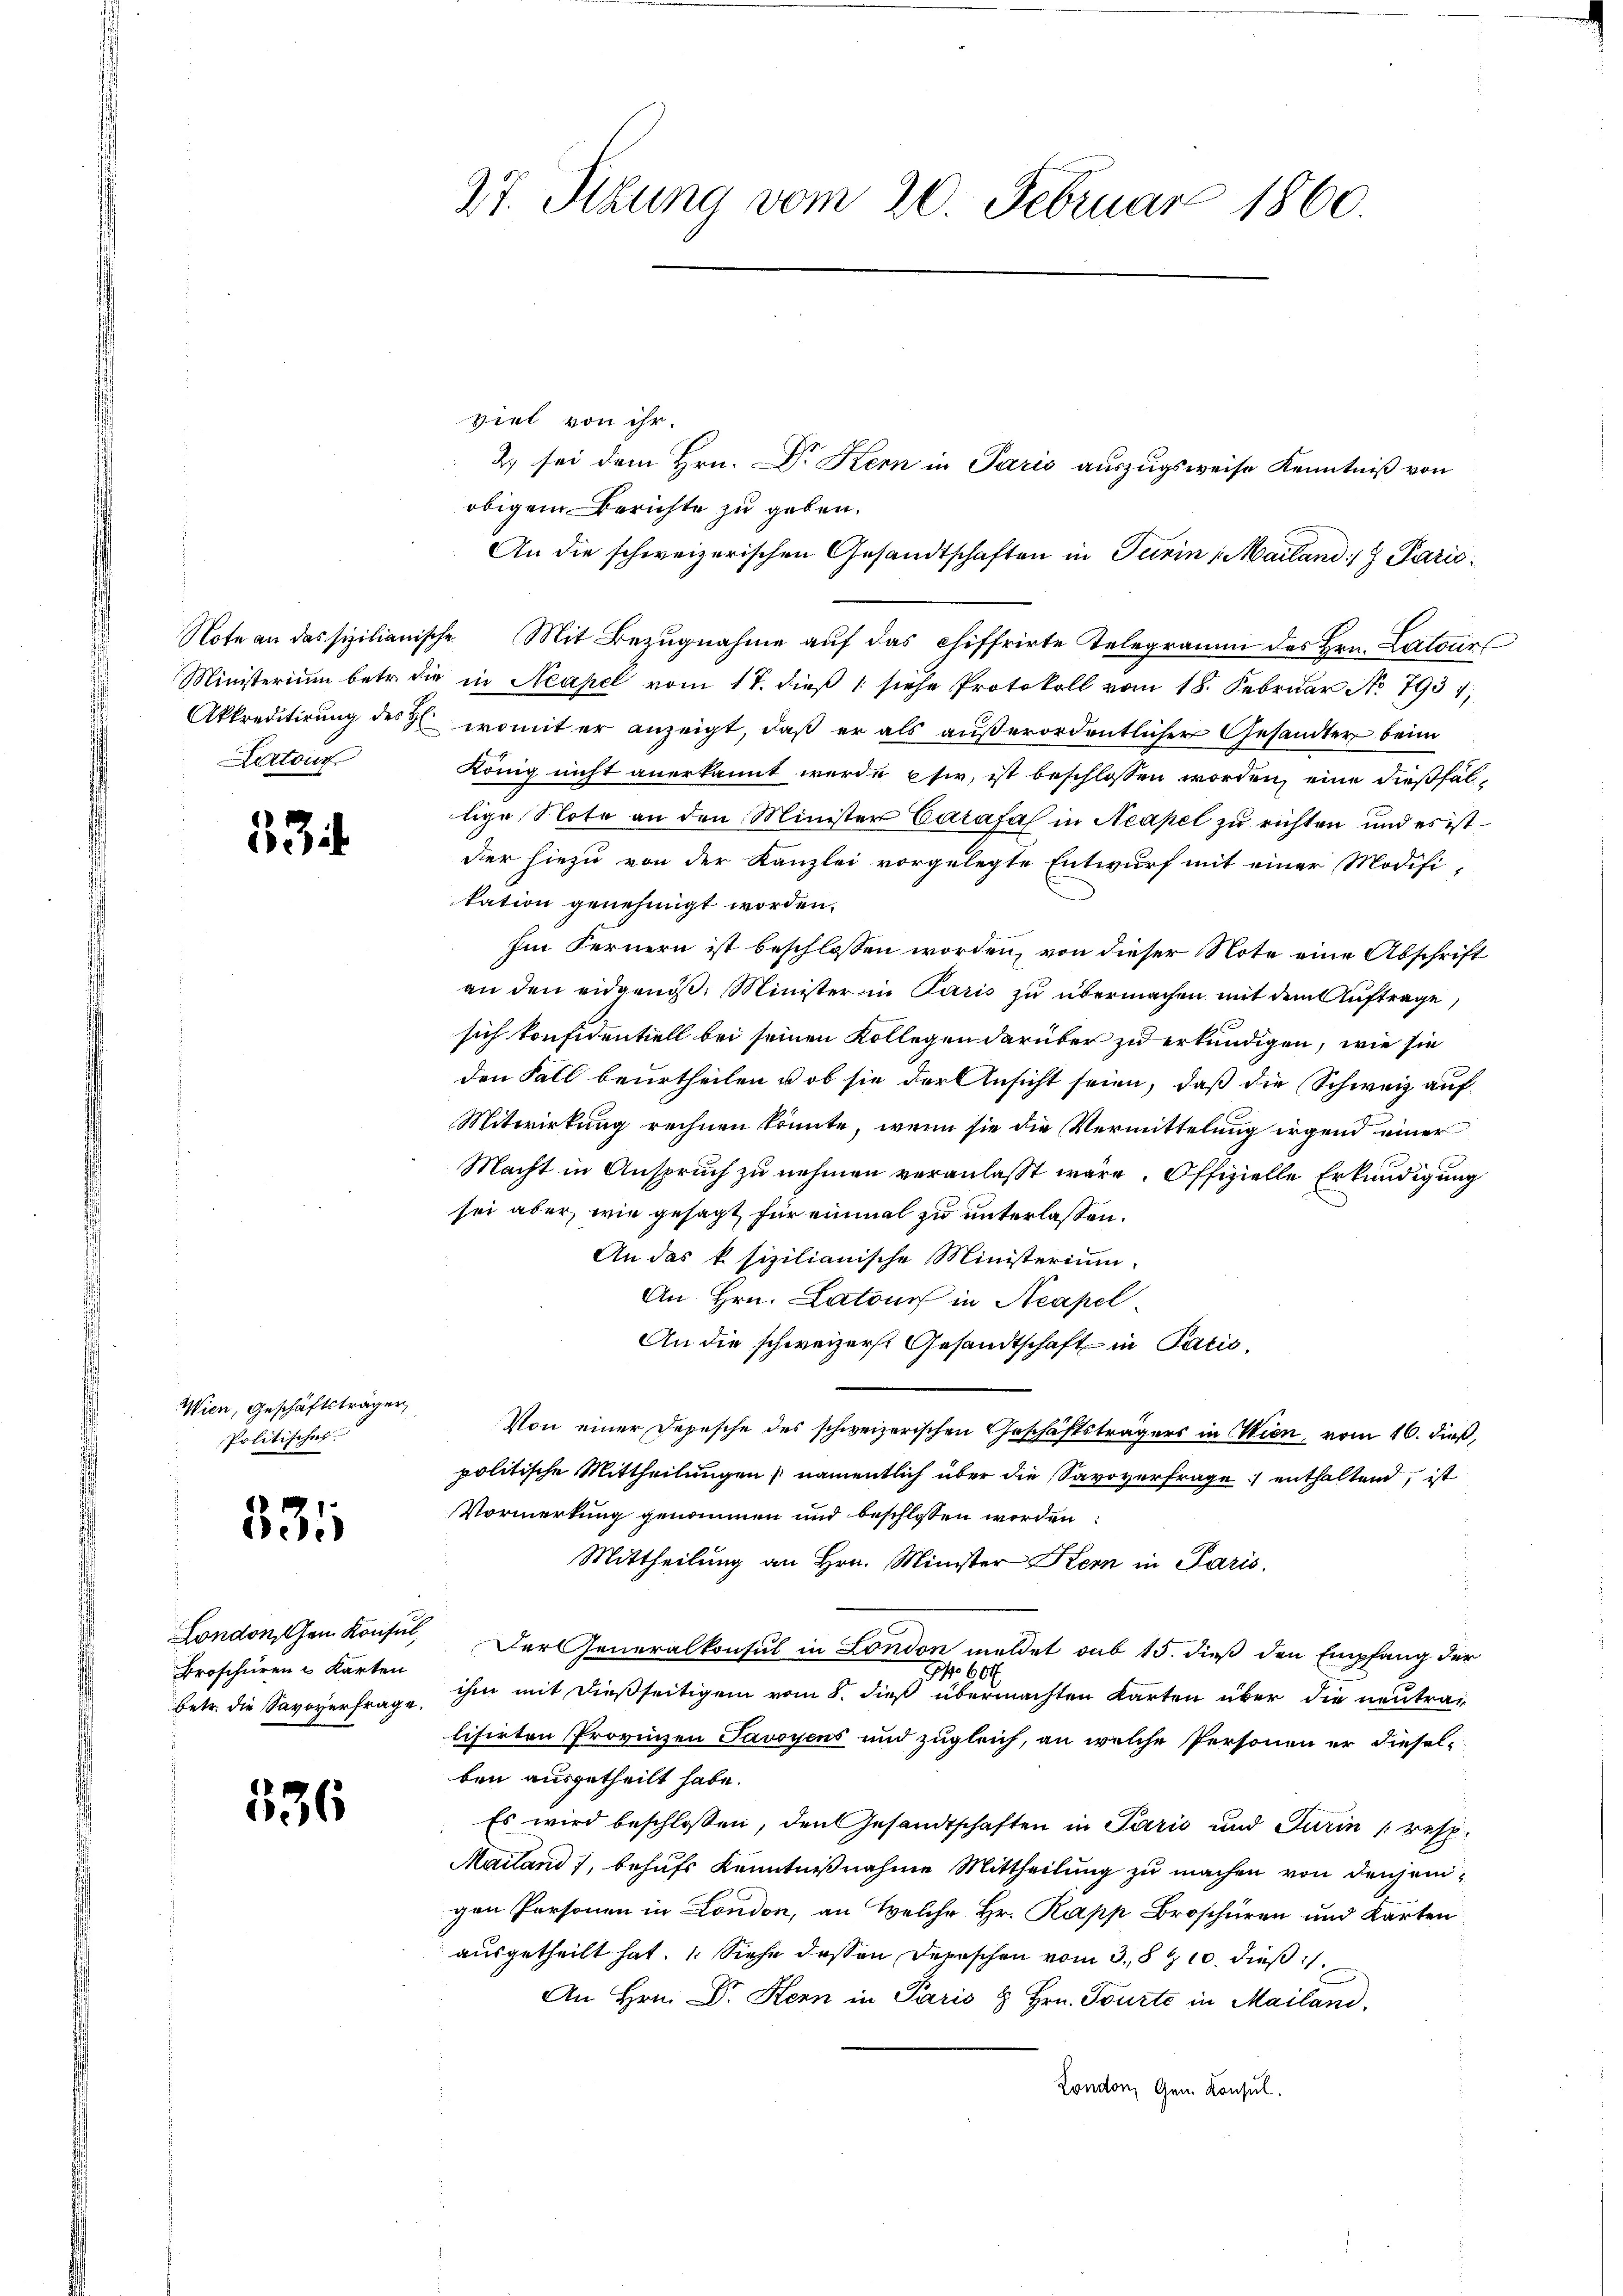
Aartour

534.

Wien, Geschäftsträger
Politisches

531

London, chem Konsul
Broschüren u Karten
betr. die Savoyerfrage.

336

27. Sitzung vom 20. Februar 1860.

viel von ihr.
obigem Berichte zu geben.
An die schweizerischen Gesandtschaften in Turin (Mailand: Paris
Note an das sizilianische Mit Bezŭgnahme auf das chiffrirte Telegramm des Hrn. Lateur
Ministerium betr. die in Neapel vom 17. dieß 1 siehe Protokoll vom 18. Februar No 793 1,
Akkreditirung des  womit er anzeigt, daß er als außerordentlicher Gesandter beim
König nicht anerkannt werde sie, ist beschlossen worden, eine dießfallige Note an den Minister Carafal in Neapel zu richten und es ist
dier hiezu von der Kanzlei vorgelegte Entwurf mit einer Modifi-
tation genehmigt worden.
Im Fernern ist beschlossen worden, von dieser Note eine Abschrift
an den eidgenöß. Minister in Paris zu übermachen mit dem Auftrage,
sich konfidentiell bei seinen Kollegen darüber zu erkundigen, wie sie
den Fall beurtheilen u ob sie der Ansicht seien, daß die Schweiz auf
Mitwirkung rechnen könnte, wenn sie die Vermittelung irgend einer
Macht in Anspruch zu nehmen veranlasst wäre. Offizielle Erkundigung
sei aber, wie gesagt für einmal zu unterlassen.
An das k sizilianische Ministerium
An Hrn. Latours in Neapel
An die schweizerst Gesandtschaft in Pacić,
Von einer Depesche des schweizerischen Geschäftsträgers in Wien, vom 16. dieß,
politische Mittheilungen, namentlich über die Savoverfrage enthaltend, ist
Vormerkung genommen und beschlossen worden:
Mittheilung an Hrn. Minister Kern in Paris.
Der Generalkonsul in London meldet sub 15. dieß den Empfang der
1 60
ihm mit dießseitigem vom 8. dieß übermachten Karten über die neutralisirten Provinen Savoyens und zugleich, an welche Personen er dieselben ausgetheilt habe.
 Es wird beschlossen, den Gesandtschaften in Paris und Turin (resp.
Mailand), behufs Kenntnißnahme Mittheilung zu machen von denjenigen Personen in London, an Welche Hr. Rapp Broschüren und Karten
ausgetheilt hat. Siehe dessen Depeschen vom 3. 810. dieß
An Hrn. Dr. Hern in Paris & Hrn. Tourte in Mailand.
London, Gen. Konsul

2) sei dem Hrn. Dr Kern in Paris auszugsweise Kenntniß von